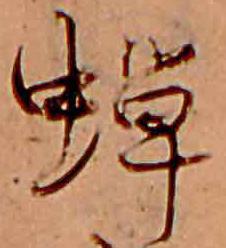
蝉